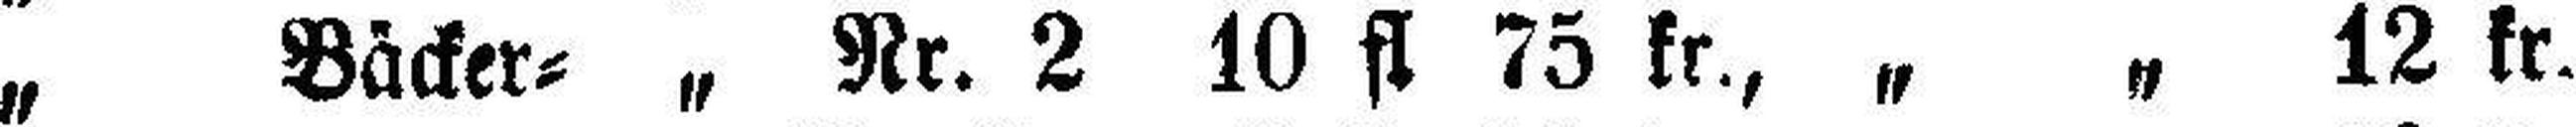
„ Bäcker= „ Nr. 3 9 fl. 75 kr., „ „ 12 kr.